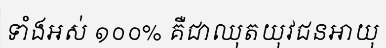
ទាំងអស់ ១០០% គឺជាឈុតយុវជនអាយុ